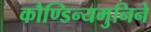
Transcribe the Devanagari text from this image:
कौण्डिन्यमुनिने